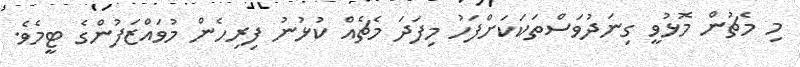
މި މެޗުން މޮޅުވީ ގިނަދުވަސްތަކަކަށްފަހު މިފަދަ މެޗެއް ކުޅުނު ފިރިހެން މުވައްޒަފުންގެ ޓީމެވެ.